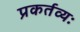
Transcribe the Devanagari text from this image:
प्रकर्तव्यः